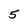
Character: 5